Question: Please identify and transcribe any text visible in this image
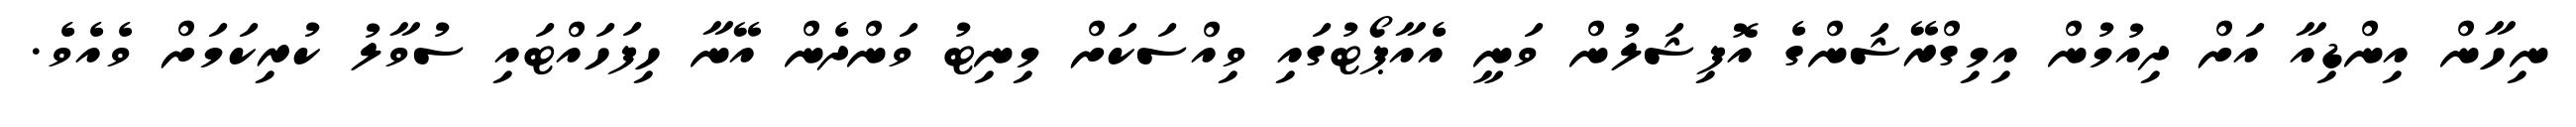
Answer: ނިހާން އިންޑިއާ އަށް ދިއުމުން އިމިގްރޭޝަންގެ އޮފިޝަލުން ވަނީ އެއާޕޯޓުގައި ވިއްސަކަށް މިނިޓު ވަންދެން އޭނާ ހިފަހައްޓައި ސުވާލު ކުރިކަމަށް ވެއެވެ.